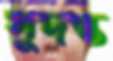
সুদন্ত